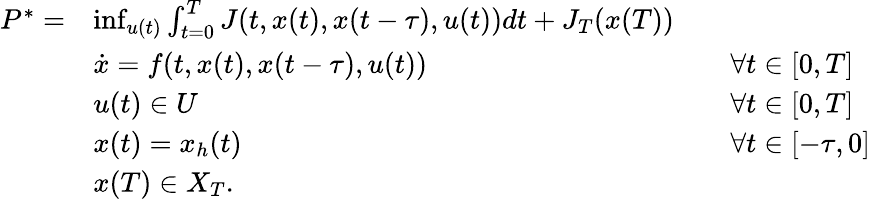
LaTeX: \begin{array}{rlrl}{P^{*}=}&{\operatorname*{inf}_{u(t)}\int_{t=0}^{T}{J(t,x(t),x(t-\tau),u(t))dt}+J_{T}(x(T))}\\ &{\dot{x}=f(t,x(t),x(t-\tau),u(t))}&&{\forall t\in[0,T]}\\ &{u(t)\in U}&&{\forall t\in[0,T]}\\ &{x(t)=x_{h}(t)}&&{\forall t\in[-\tau,0]}\\ &{x(T)\in X_{T}.}\end{array}